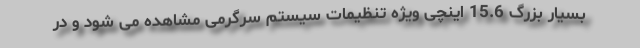
بسیار بزرگ 15.6 اینچی ویژه تنظیمات سیستم سرگرمی مشاهده می شود و در